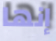
إنها